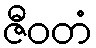
ဇီဝတံ